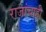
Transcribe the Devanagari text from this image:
राजांचाही